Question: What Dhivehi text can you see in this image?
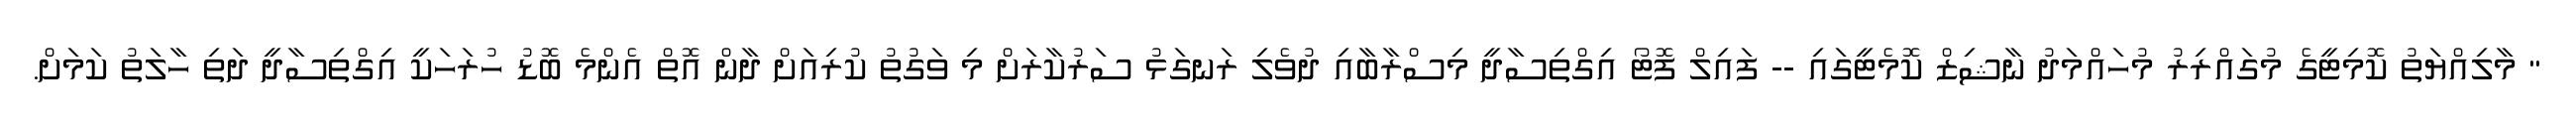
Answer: " މާލިއްޔަތު ކޮމިޓީގެ މުގައްރިރު މުހައްމަދު ނާޝިޒް ކޮމެޓީގައި -- ފައިލް ފޮޓޯ އިގްތިސާދީ މިސްރާބާއި ދުވެލި ރަނގަޅު ސަރުކާރަށް މި ވަގުތު ކުރިއަށް ދާން އޮތް އެންމެ ބޮޑު ހުރަހަކީ އިގްތިސާދީ ދަތި ހާލަތު ކަމަށް.